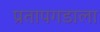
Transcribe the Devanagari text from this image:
प्रतापगडाला